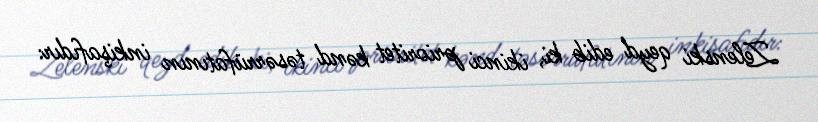
Zelenski qeyd edib ki, ikinci prioritet kənd təsərrüfatının inkişafıdır: